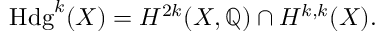
\operatorname { H d g } ^ { k } ( X ) = H ^ { 2 k } ( X , \mathbb { Q } ) \cap H ^ { k , k } ( X ) .